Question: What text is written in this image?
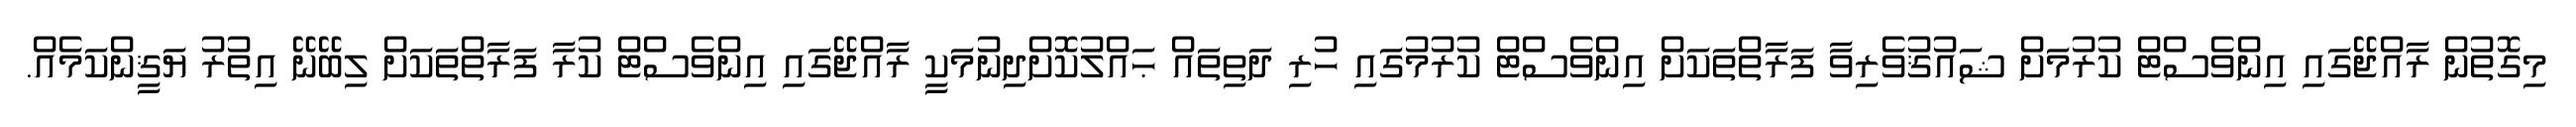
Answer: މިގޮތުން ރާއްޖޭގައި އިންވެސްޓް ކުރުމަށް ޝައުޤުވެރިވާ ފަރާތްތަކަށް އިންވެސްޓް ކުރުމުގައި ހުރި ދަތިތައް ޙައްލުކޮށްދިނުމަކީ ރާއްޖޭގައި އިންވެސްޓް ކުރާ ފަރާތްތަކަށް ލިބޭނޭ އިތުރު ޔަޤީންކަމެއް.